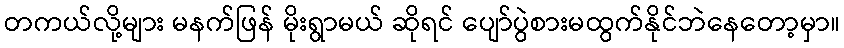
တကယ်လို့များ မနက်ဖြန် မိုးရွာမယ် ဆိုရင် ပျော်ပွဲစားမထွက်နိုင်ဘဲနေတော့မှာ။